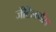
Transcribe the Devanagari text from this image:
जेंटिलमैंस